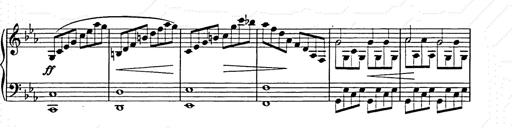
Title: Allegro di bravura
Composer: Carl Maria von Weber
Key: D major